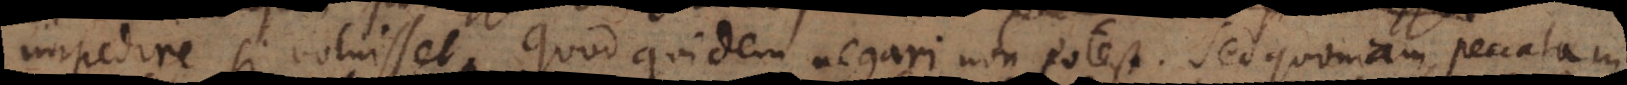
impedire si voluisset, quod quidem negari non potest. Sed quoniam peccatum